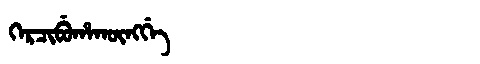
Manchu: ᡴᡝᡵᠴᡳᠪᡠᡥᠠᡴᡡᠩᡤᡝ
Romanization: KERCIBUHAKŪNGGE